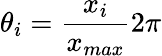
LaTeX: \theta_{i}={\frac{x_{i}}{x_{max}}}2\pi